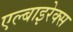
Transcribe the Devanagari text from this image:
एल्बाइरेक्स